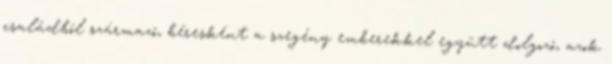
családból származó, béresként a szegény emberekkel együtt dolgozó, azok